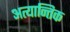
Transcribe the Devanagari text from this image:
अत्यान्तिक